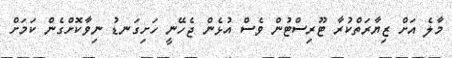
މާލެ އަށް ޒިޔާރަތްކުރާ ޓޫރިސްޓުން ވެސް އުޅެން ޖެހޭނީ ހަށިގަނޑު ނިވާކޮށްގެން ކަމަށް